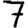
Digit: 7